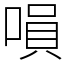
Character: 𠹚